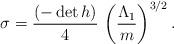
LaTeX: \begin{align*}\sigma= \frac{(-\det h)}{4} \,\left(\frac{\Lambda_1}{m}\right)^{3/2}.\end{align*}